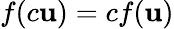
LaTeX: f(c\mathbf{u})=cf(\mathbf{u})